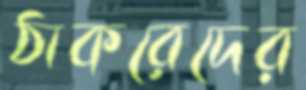
ঠাকরেদের